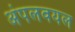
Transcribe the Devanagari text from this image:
अंपलवयल